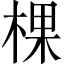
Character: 棵